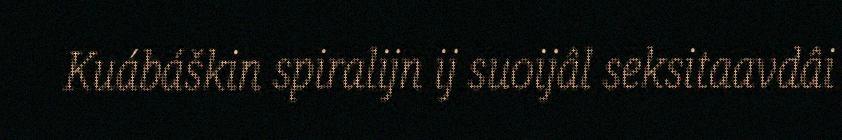
Kuábáškin spiralijn ij suoijâl seksitaavdâi